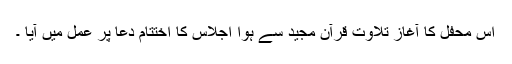
اس محفل کا آغاز تلاوت قرآن مجید سے ہوا اجلاس کا اختتام دعا پر عمل میں آیا ۔